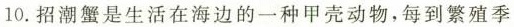
10.招潮蟹是生活在海边的一种甲壳动物，每到繁殖季